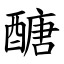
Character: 醣